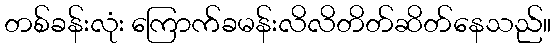
တစ်ခန်းလုံး ကြောက်ခမန်းလိလိတိတ်ဆိတ်နေသည်။